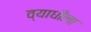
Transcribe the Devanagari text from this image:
व्याधीला